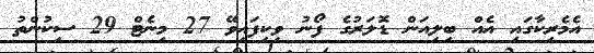
އެމެރިކާގައި އެއް ބިލިއަން ޑޮލަރުގެ ފޯނު ވިކިފައިވޭ 27 މިނެޓް 29 ސިކުންތު